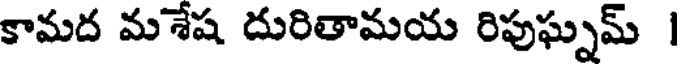
కామద మశేష దురితామయ రిపుఘ్నమ్ |